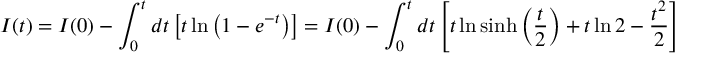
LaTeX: I ( t ) = I ( 0 ) - \int _ { 0 } ^ { t } d t \left[ t \ln \left( 1 - e ^ { - t } \right) \right] = I ( 0 ) - \int _ { 0 } ^ { t } d t \left[ t \ln \sinh \left( \frac { t } { 2 } \right) + t \ln 2 - \frac { t ^ { 2 } } { 2 } \right] \nonumber